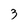
Character: 3